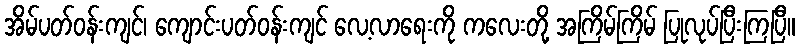
အိမ်ပတ်ဝန်းကျင်၊ ကျောင်းပတ်ဝန်းကျင် လေ့လာရေးကို ကလေးတို့ အကြိမ်ကြိမ် ပြုလုပ်ပြီးကြပြီ။